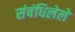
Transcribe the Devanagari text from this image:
संबंधिलेले